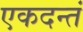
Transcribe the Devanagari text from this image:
एकदन्तं